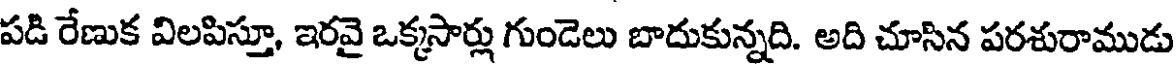
పడి రేణుక విలపిస్తూ, ఇరవై ఒక్కసార్లు గుండెలు బాదుకున్నది. అది చూసిన పరశురాముడు